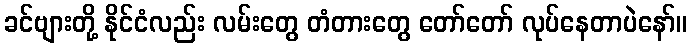
ခင်ဗျားတို့ နိုင်ငံလည်း လမ်းတွေ တံတားတွေ တော်တော် လုပ်နေတာပဲနော်။